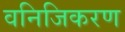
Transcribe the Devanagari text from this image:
वनिजिकरण